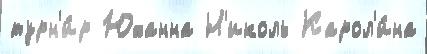
турн'и́р Юханна Н'иколь Карол'и́на